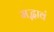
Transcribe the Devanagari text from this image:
मद्भावं